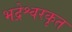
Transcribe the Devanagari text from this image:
भद्रेश्वरकृत